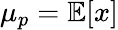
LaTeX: \mu_{p}=\mathbb{E}[x]